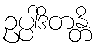
ဥပ္ပါဒိတန္တိ